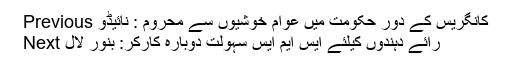
Previous کانگریس کے دور حکومت میں عوام خوشیوں سے محروم : نائیڈو
Next رائے دہندوں کیلئے ایس ایم ایس سہولت دوبارہ کارکر: بنور لال